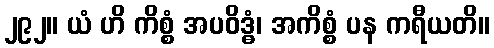
၂၉၂။ ယံ ဟိ ကိစ္စံ အပဝိဒ္ဓံ၊ အကိစ္စံ ပန ကရီယတိ။